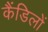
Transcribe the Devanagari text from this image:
कैंडिलों